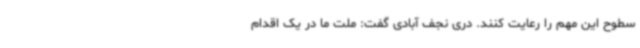
سطوح این مهم را رعایت کنند. دری نجف آبادی گفت: ملت ما در یک اقدام